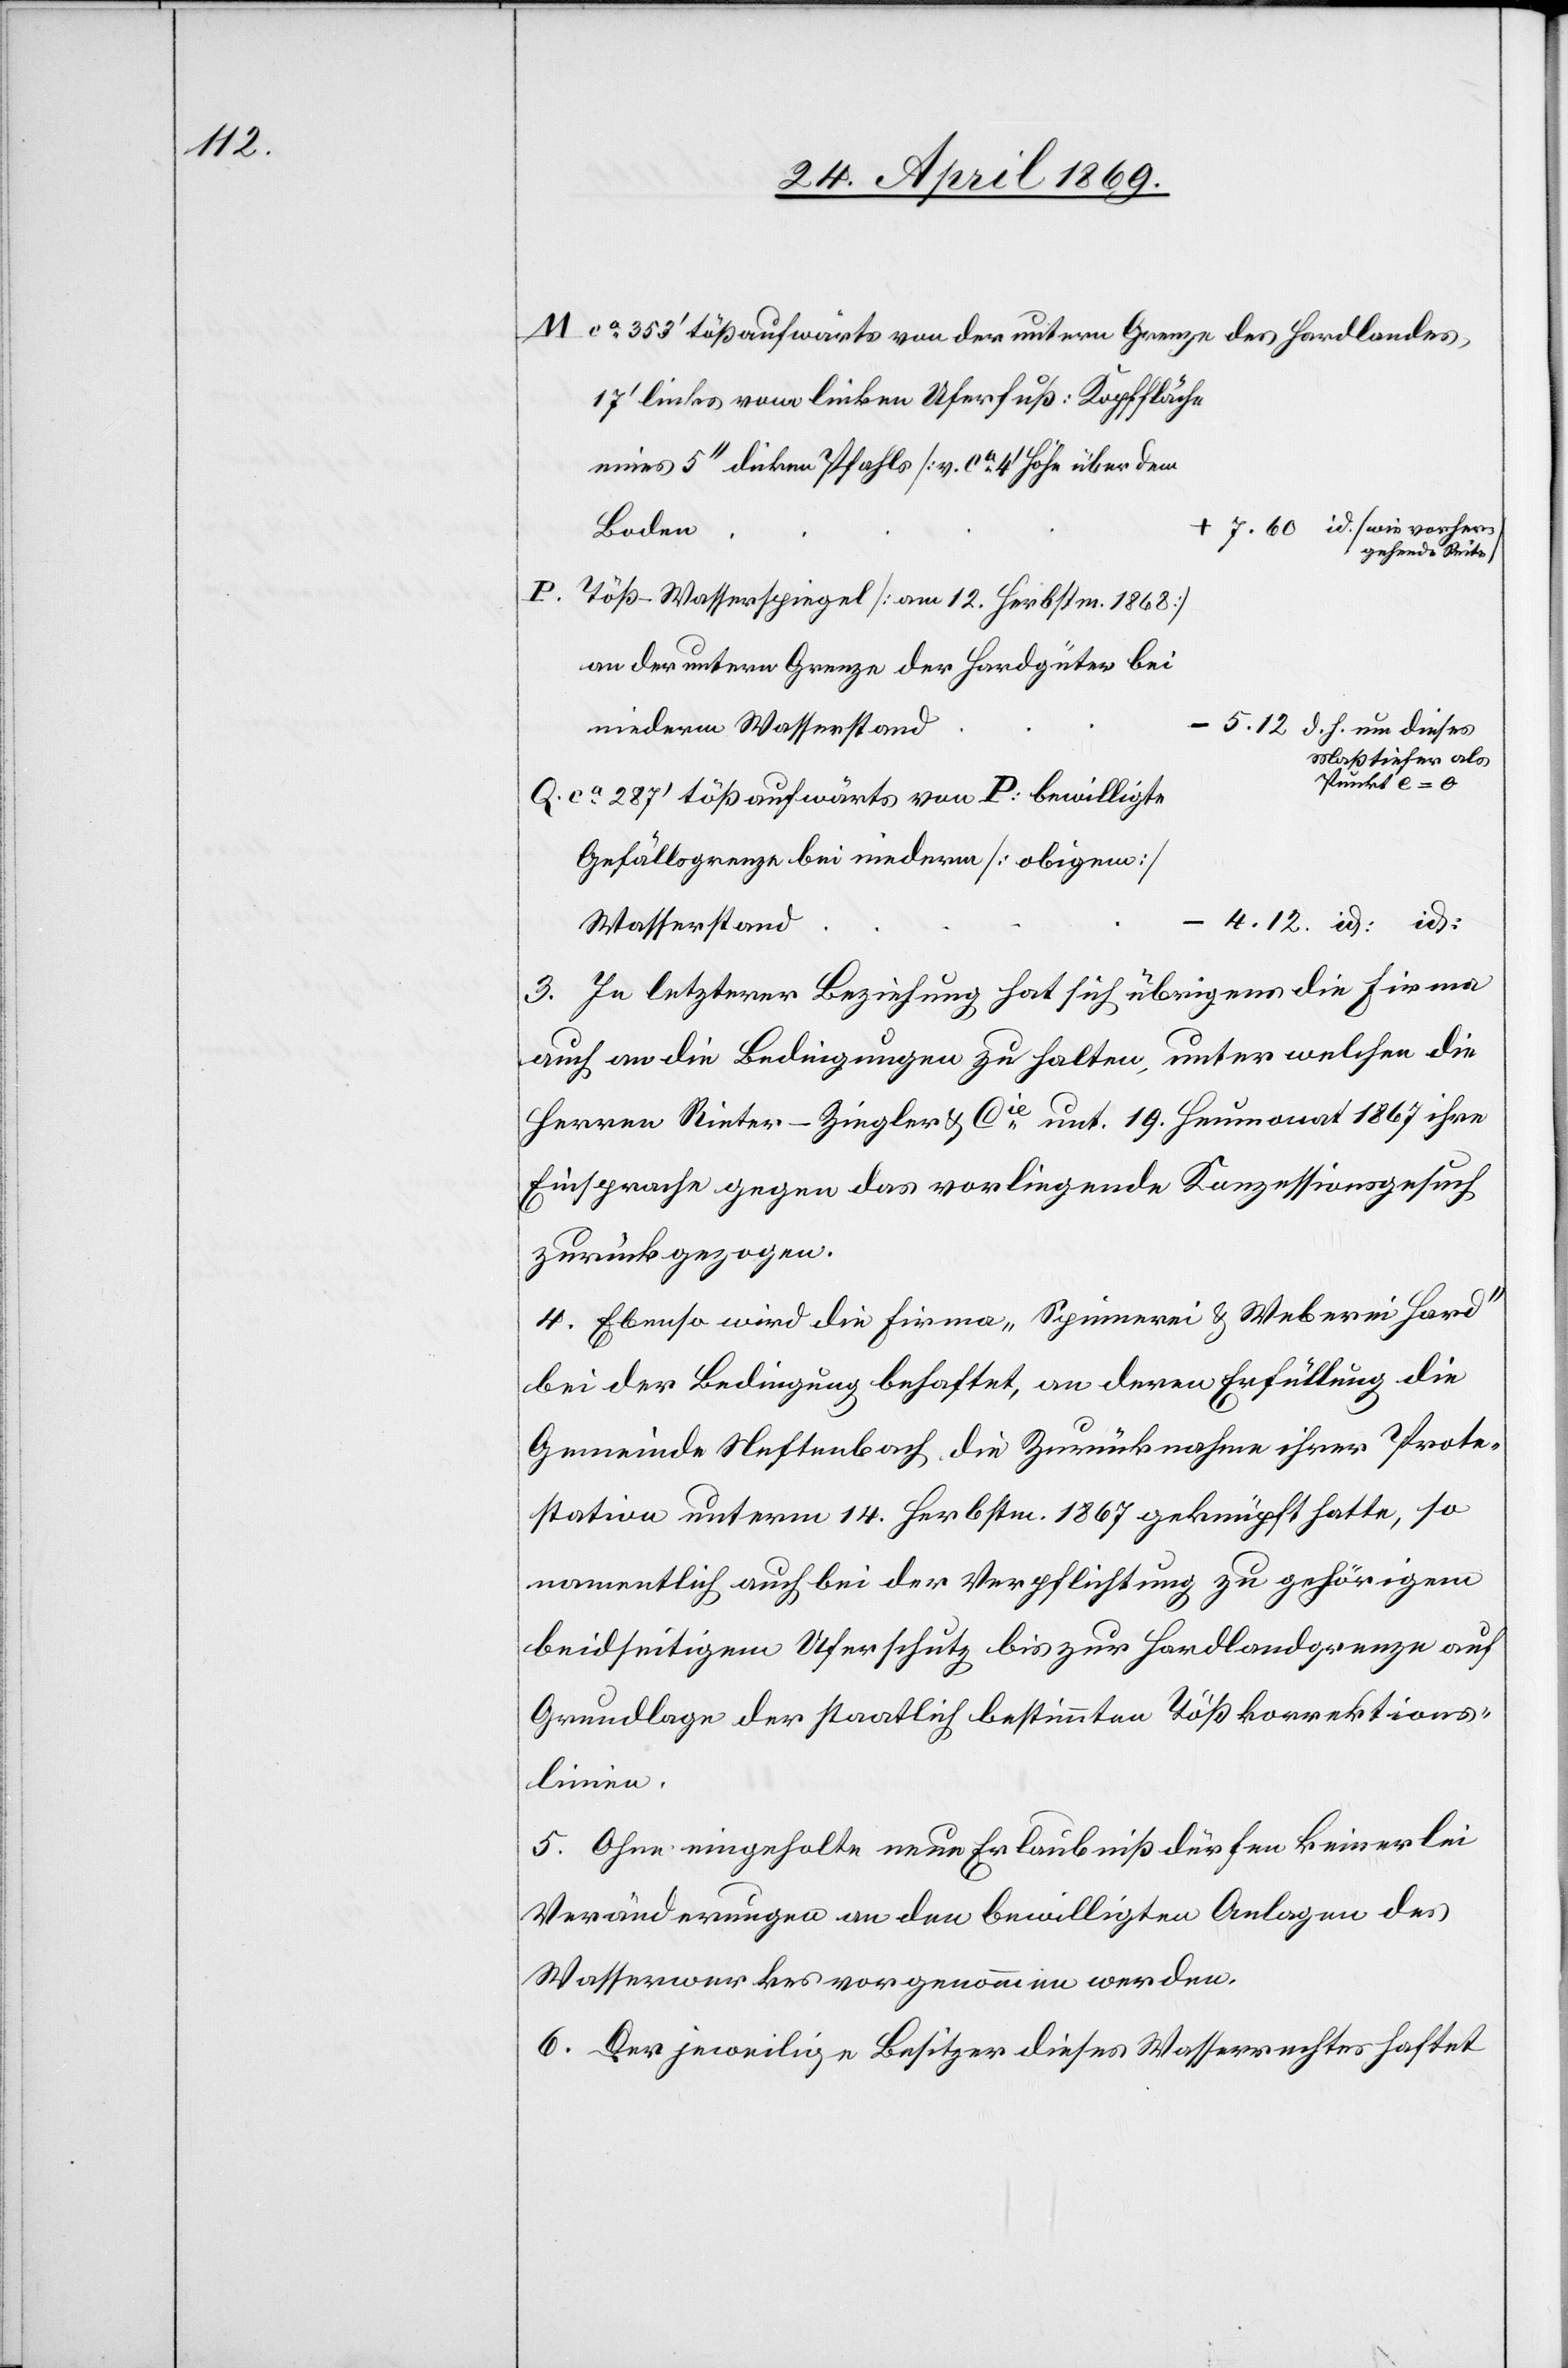
M ca 353’ tößaufwärts von der untern Grenze des Hardlandes,
17’ links vom linken Uferfuß: Kopffläche
gehende Seite]
P.
Töß-Wasserspiegel [am 12. Herbstm. 1868]
an der untern Grenze der Hardgüter bei
vorher¬
niederm Wasserstand		–
5.12		d. h. um dieses
Maß tiefer als
Punkt e = 0
Q. ca 287’ tößaufwärts von P: bewilligte
Gefällsgrenze bei niederm [obigem]
Wasserstand	-
3. In letzterer Bezeichnung hat sich übrigens die Firma
auch an die Bedingungen zu halten, unter welchen die
Herren Rieter-Ziegler u. Cie unt. 19. Heumonat 1867 ihre
Einsprache gegen das vorliegende Konzessionsgesuch
zurückgezogen.
4. Ebenso wird die Firma „Spinnerei u. Weberei Hard“
bei der Bedingung behaftet, an deren Erfüllung die
Gemeinde Neftenbach die Zurücknahme ihrer Prote¬
station unterm 14. Herbstm. 1867 geknüpft hatte, so
namentlich auch bei der Verpflichtung zu gehörigem
beidseitigem Uferschutz bis zur Hardlandsgrenze auf
Grundlage der staatlich bestimmten Tößkorrektions¬
linien.
5. Ohne eingeholte neue Erlaubniß dürfen keinerlei
Veränderungen an den bewilligten Anlagen des
Wasserwerkes vorgenommen werden.
6. Der jeweilige Besitzer dieses Wasserrechtes haftet